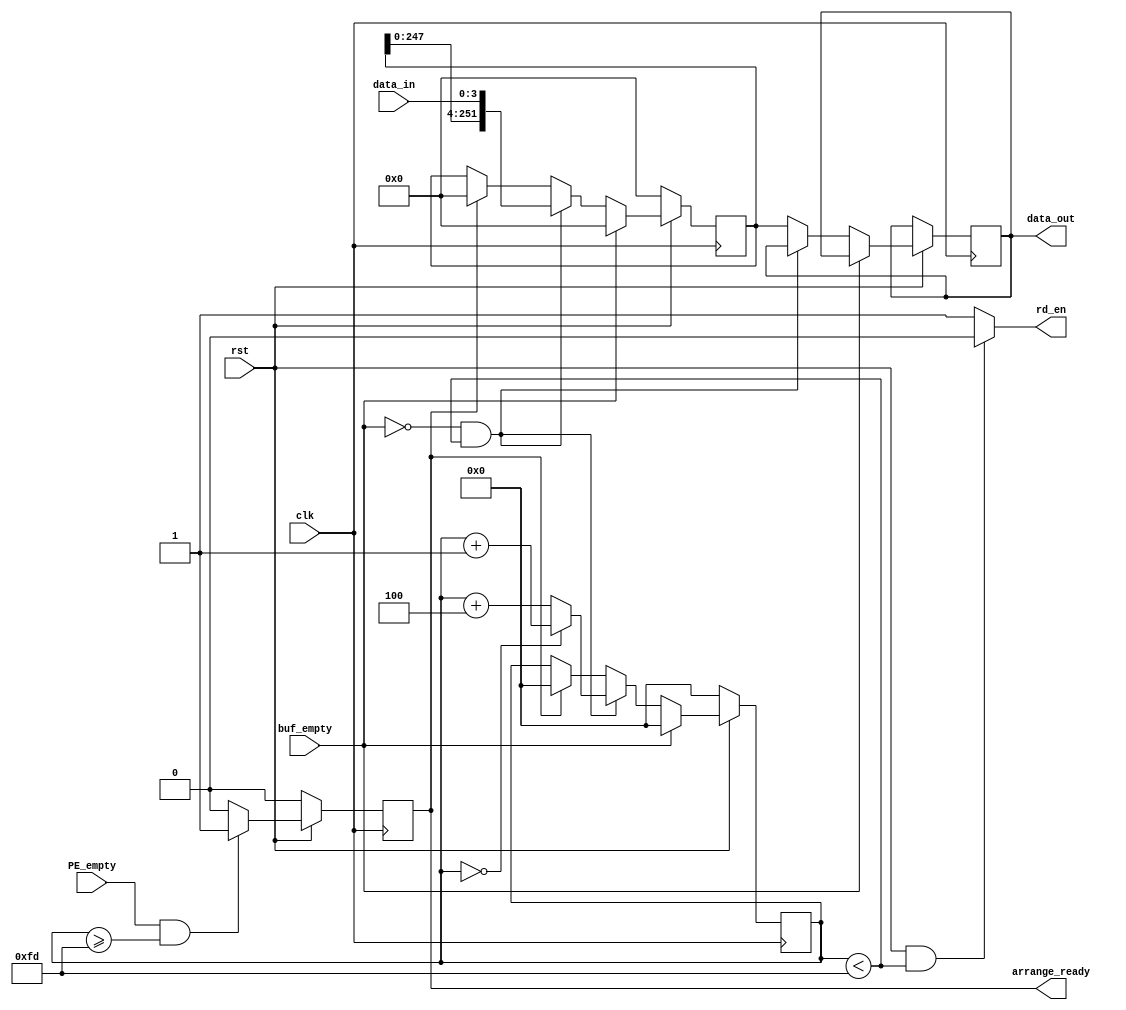
`timescale 1ns / 1ps
//////////////////////////////////////////////////////////////////////////////////
// Company: 
// Engineer: 
// 
// Design Name: 
// Module Name: Data_arrange
// Project Name: 
// Target Devices: 
// Tool Versions: 
// Description: 
// 
// Dependencies: 
// 
// Revision:
// Revision 0.01 - File Created
// Additional Comments:
// 
//////////////////////////////////////////////////////////////////////////////////


module Data_arrange (clk, data_in, buf_empty, rst, PE_empty, rd_en, data_out, arrange_ready);
parameter IN_WIDTH = 4;
parameter OUT_WIDTH = 252;
parameter PE_NUM = 4;

input                        clk;
input [IN_WIDTH - 1:0]       data_in;
input                        buf_empty;// 0:not empty,   1:empty 
input                        rst;
input                        PE_empty;// 0:inavailable,  1:available  
output                       rd_en;
output[OUT_WIDTH - 1:0]      data_out;
output                       arrange_ready;// 0:output unready,  1:output ready

reg[OUT_WIDTH - 1:0]         data_out;
reg                          arrange_ready;
reg[OUT_WIDTH - 1:0]         DATA;
reg[7:0]                     count;
wire                          rd_en;
wire[OUT_WIDTH - 1:0]        DATA_SHIFT;

assign DATA_SHIFT = DATA << IN_WIDTH;
assign rd_en = (rst && (count < OUT_WIDTH + 1))? 0:1;

always@(posedge clk)
begin
    if (!rst)            
        begin        
            DATA <= 0;
            count <= 0;           
        end           
    else begin
            if (buf_empty)
            begin;
                DATA <= 0;
                count <= 0;
            end              
            else if (!buf_empty && count < OUT_WIDTH + 1 )
            begin
                DATA <= {DATA_SHIFT[OUT_WIDTH - 1:IN_WIDTH],data_in};
                if(count == 0)
                    count <= count + 1;
                else
                    count <= count + IN_WIDTH;
            end
            else
            begin 
                data_out <= DATA;
                if(arrange_ready)
                    begin                       
                        DATA <= 0;
                        count <= 0;                    
                    end
                else if (!arrange_ready)
                    begin
                        DATA <= DATA;
                        count <= count;    
                    end
             end
       end
end

always@(posedge clk)
begin
    if(!rst)
        arrange_ready <= 0;
    else
        if(PE_empty && count >= OUT_WIDTH + 1 )
            arrange_ready <= 1;
        else arrange_ready <= 0;
end
endmodule